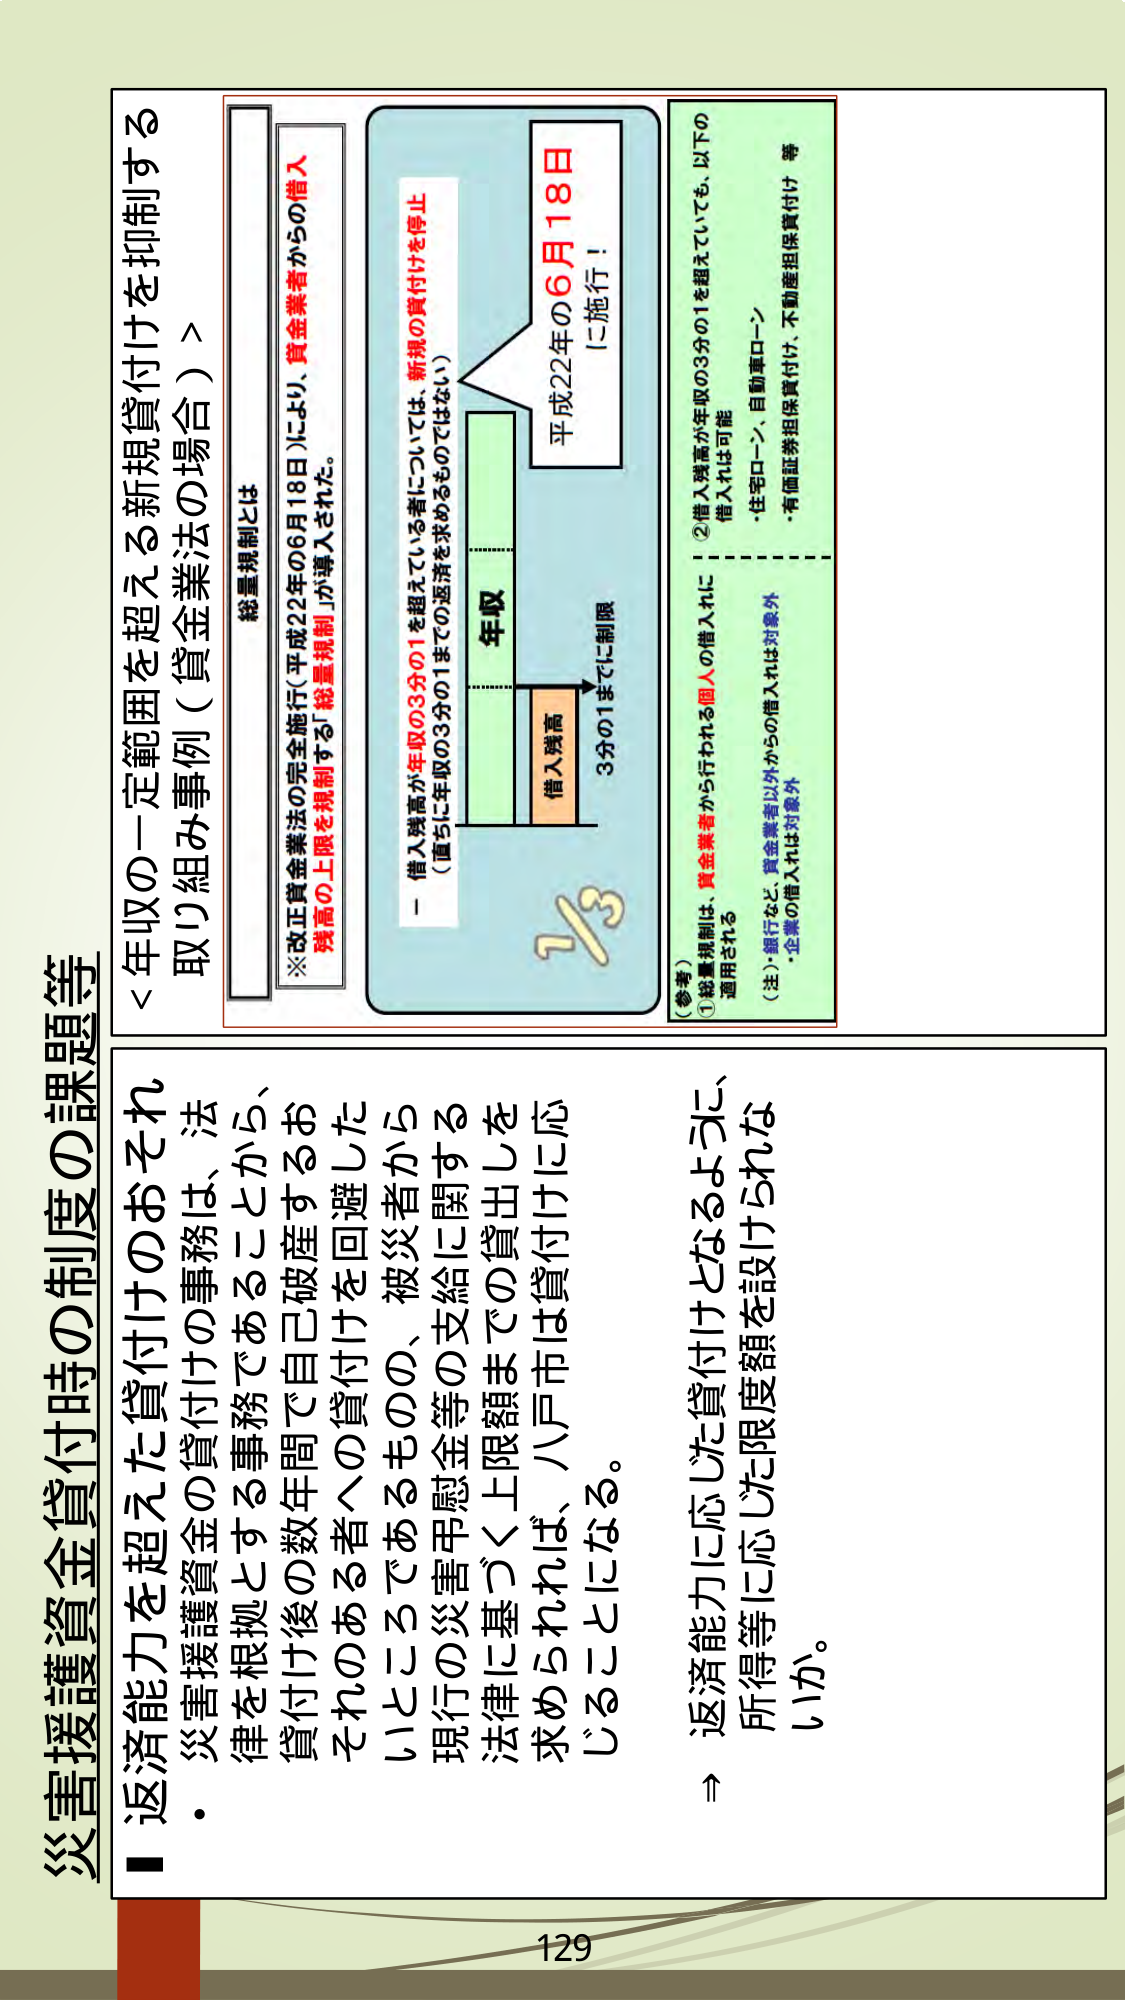
災害援護資金貸付時の制度の課題等

■返済能力を超えた貸付けのおそれ
・災害援護資金の貸付けの事務は、法律を根拠とする事務であることから、貸付け後の数年間で自己破産するおそれのある者への貸付けを回避したいところであるものの、被災者から現行の災害弔慰金等の支給に関する法律に基づく上限額までの貸出しを求めるならば、八戸市は貸付けに応じることになる。
→返済能力に応じた貸付けとなるように、所得等に応じた限度額を設けられないか。

＜年収の一定範囲を超える新規貸付けを抑制する取り組み事例（貸金業法の場合）＞

総量規制とは
※改正貸金業法の完全施行（平成22年の6月18日）により、貸金業者からの借入残高の上限を規制する「総量規制」が導入された。

－借入残高が年収の3分の1を超えていては、新規の貸付けを停止
（直ちに年収の3分の1までの返済を求めるものではない）

年収
借入残高
3分の1までに制限

平成22年の6月18日
に施行！

（参考）
①総量規制は、貸金業者から行われる個人の借入れに適用される
②借入残高が年収の3分の1を超えていても、以下の借入れは可能
・住宅ローン、自動車ローン
・有価証券担保貸付け、不動産担保貸付け 等

（注）銀行など、貸金業者以外からの借入れは対象外
・企業の借入れは対象外

129